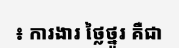
៖ ការងារ ថ្លៃថ្នូរ គឺជា